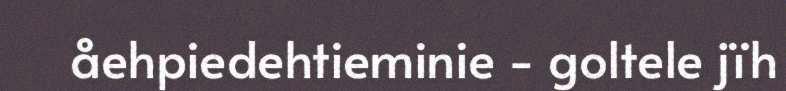
åehpiedehtieminie - goltele jïh